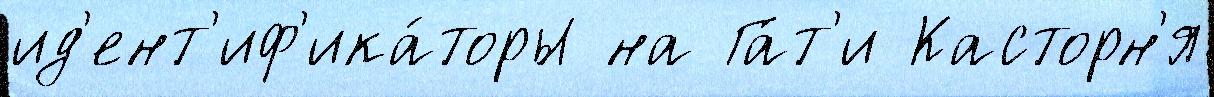
ид'ент'иф'ика́торы на Га́т'и Касторн'я